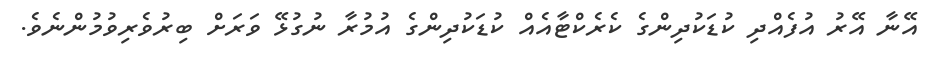
އޭނާ އޭރު އުފެއްދި ކުޑަކުދިންގެ ކެރެކްޓާއެއް ކުޑަކުދިންގެ އުމުރާ ނުގުޅޭ ވަރަށް ބިރުވެރިވުމުންނެވެ.